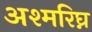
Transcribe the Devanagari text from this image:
अश्मरिघ्न